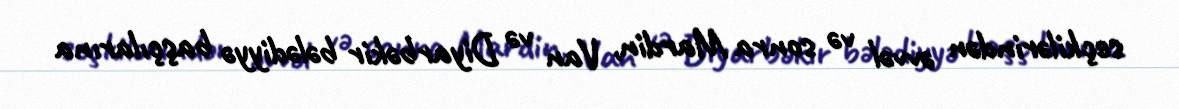
seçkilərindən əvvəl və sonra Mardin, Van və Diyarbəkir bələdiyyə başçılarına